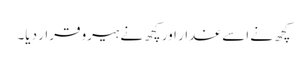
کچھ نے اسے غدار اور کچھ نے ہیرو قرار دیا۔